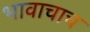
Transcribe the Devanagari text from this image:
भावाचाच